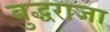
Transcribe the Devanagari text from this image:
बुद्धराजा